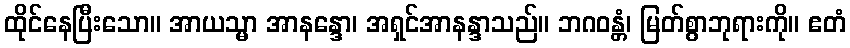
ထိုင်နေပြီးသော။ အာယသ္မာ အာနန္ဒော၊ အရှင်အာနန္ဒာသည်။ ဘဂဝန္တံ၊ မြတ်စွာဘုရားကို။ ဧတံ